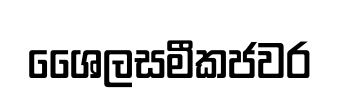
ශෛලසමීකජවර